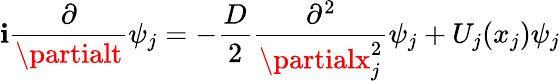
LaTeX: \mathbf{i}\frac{{\partial}}{{\partialt}}\psi_{j}=-\frac{{D}}{{2}}\frac{{\partial^{2}}}{{\partialx_{j}^{2}}}\psi_{j}+U_{j}(x_{j})\psi_{j}